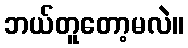
ဘယ်တူတော့မလဲ။